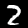
Label: 2